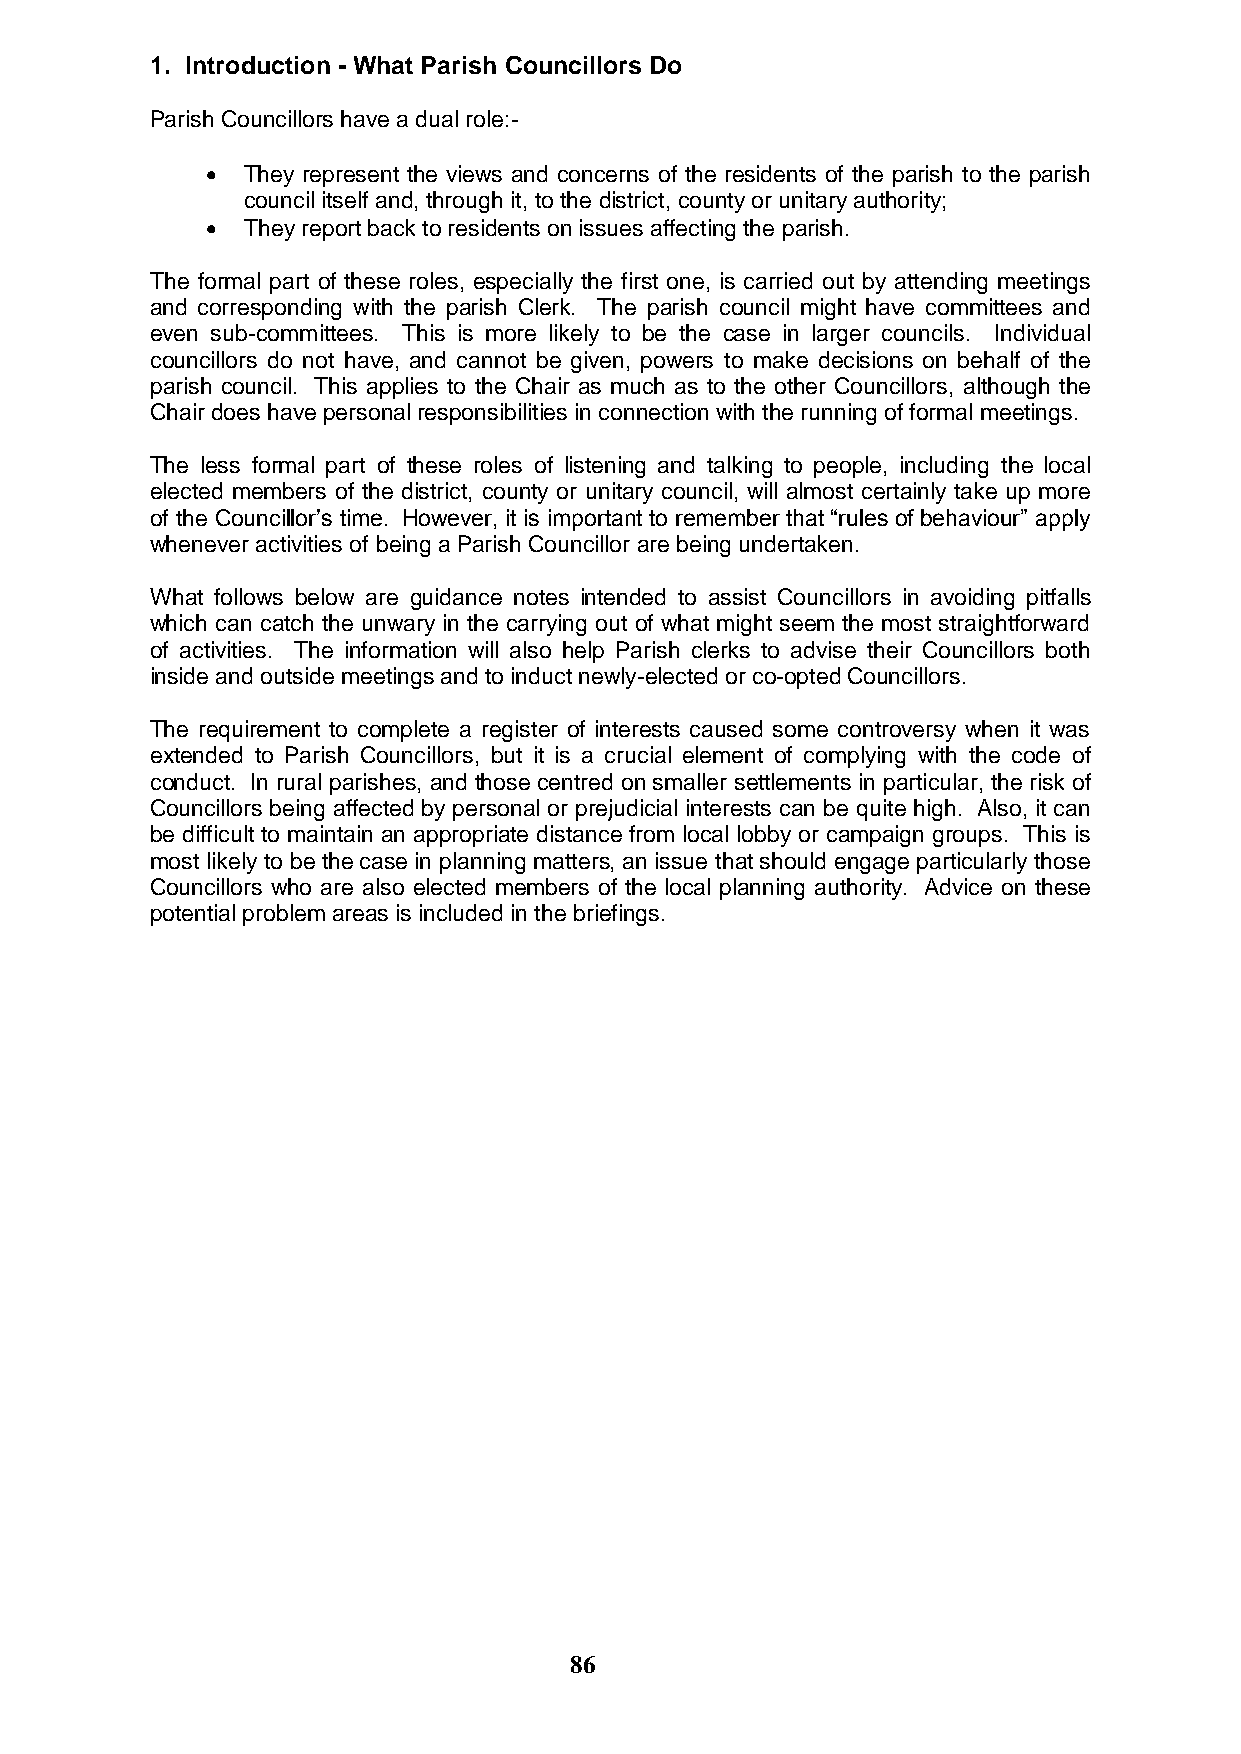
1. Introduction - What Parish Councillors Do
 Parish Councillors have a dual role:-
  They represent the views and concerns of the residents of the parish to the parish
 council itself and, through it, to the district, county or unitary authority;
  They report back to residents on issues affecting the parish.
 The formal part of these roles, especially the first one, is carried out by attending meetings
 and corresponding with the parish Clerk. The parish council might have committees and
 even sub-committees. This is more likely to be the case in larger councils. Individual
 councillors do not have, and cannot be given, powers to make decisions on behalf of the
 parish council. This applies to the Chair as much as to the other Councillors, although the
 Chair does have personal responsibilities in connection with the running of formal meetings.
 The less formal part of these roles of listening and talking to people, including the local
 elected members of the district, county or unitary council, will almost certainly take up more
 of the Councillor‟s time. However, it is important to remember that “rules of behaviour” apply
 whenever activities of being a Parish Councillor are being undertaken.
 What follows below are guidance notes intended to assist Councillors in avoiding pitfalls
 which can catch the unwary in the carrying out of what might seem the most straightforward
 of activities. The information will also help Parish clerks to advise their Councillors both
 inside and outside meetings and to induct newly-elected or co-opted Councillors.
 The requirement to complete a register of interests caused some controversy when it was
 extended to Parish Councillors, but it is a crucial element of complying with the code of
 conduct. In rural parishes, and those centred on smaller settlements in particular, the risk of
 Councillors being affected by personal or prejudicial interests can be quite high. Also, it can
 be difficult to maintain an appropriate distance from local lobby or campaign groups. This is
 most likely to be the case in planning matters, an issue that should engage particularly those
 Councillors who are also elected members of the local planning authority. Advice on these
 potential problem areas is included in the briefings.
 86